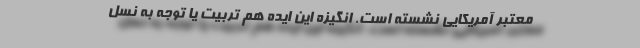
معتبر آمریکایی نشسته است. انگیزه این ایده هم تربیت یا توجه به نسل